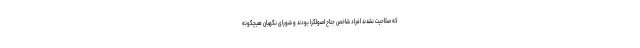
که صلاحیت نشدند افراد شاخص جناح اصولگرا بودند و شورای نگهبان هیچگونه